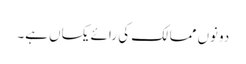
دونوں ممالک کی رائے یکساں ہے۔